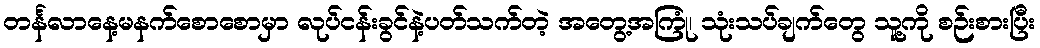
တင်္နလာနေ့မနက်စောစောမှာ လုပ်ငန်းခွင်နဲ့ပတ်သက်တဲ့ အတွေ့အကြုံ၊ သုံးသပ်ချက်တွေ သူ့ကို စဉ်းစားပြီး